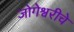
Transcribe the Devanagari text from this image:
जोगेश्वरीचे